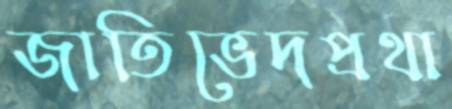
জাতিভেদপ্রথা